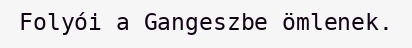
Folyói a Gangeszbe ömlenek.